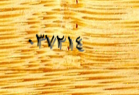
٠٣٧٢١٤